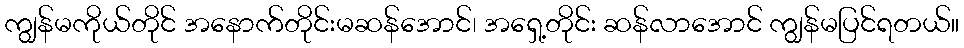
ကျွန်မကိုယ်တိုင် အနောက်တိုင်းမဆန်အောင်၊ အရှေ့တိုင်း ဆန်လာအောင် ကျွန်မပြင်ရတယ်။